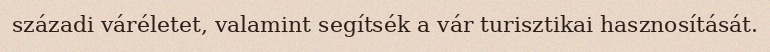
századi váréletet, valamint segítsék a vár turisztikai hasznosítását.